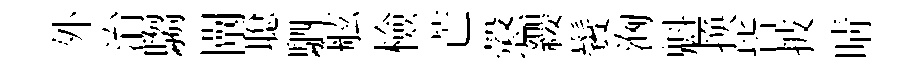
外㳙騶闡聪駟舷檢芒慤纓鬢洶魁换皆披晴